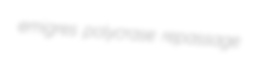
emigres polycrase repassage